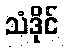
သံဒိုင်